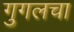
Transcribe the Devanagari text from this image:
गुगलचा